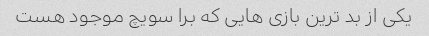
یکی از بد ترین بازی هایی که برا سویچ موجود هست